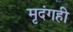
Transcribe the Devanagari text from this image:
मृदंगही